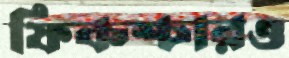
ফিকশ্চারও